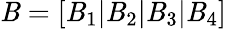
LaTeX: \mathit{B}=[\mathit{B}_{1}|\mathit{B}_{2}|\mathit{B}_{3}|\mathit{B}_{4}]